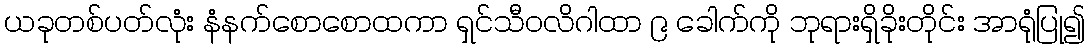
ယခုတစ်ပတ်လုံး နံနက်စောစောထကာ ရှင်သီဝလိဂါထာ ၉ ခေါက်ကို ဘုရားရှိခိုးတိုင်း အာရုံပြု၍